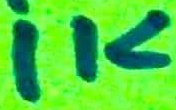
Text: 1K